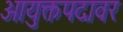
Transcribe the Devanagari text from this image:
आयुक्तपदावर